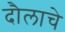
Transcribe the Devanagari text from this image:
दौलाचे